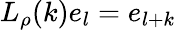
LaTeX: L_{\rho}(k)e_{l}=e_{l+k}